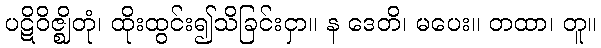
ပဋိဝိဇ္ဈိတုံ၊ ထိုးထွင်း၍သိခြင်းငှာ။ န ဒေတိ၊ မပေး။ တထာ၊ တူ။